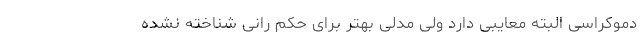
دموکراسی البته معایبی دارد ولی مدلی بهتر برای حکم رانی شناخته نشده